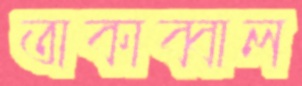
তাকাব্বাল